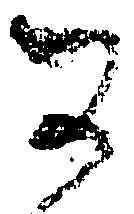
可